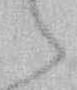
候